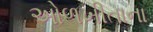
ઓળખીતાના